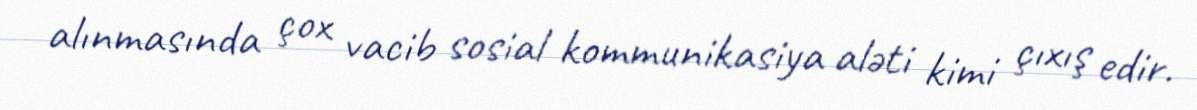
alınmasında çox vacib sosial kommunikasiya aləti kimi çıxış edir.